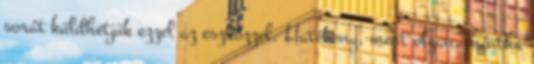
sorát küldhetjük ezzel az eszközzel. Hatékony, mert olyan, mintha